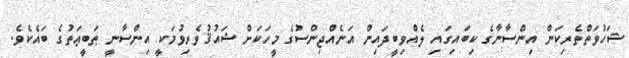
ޝަހުވަތްތެރިކަން އިންސާނާގެ ކިބައިގައި ލެއްވިބީދައިން އަނެއްޖިންސުގެ މީހަކަށް ޝައުޤުވެރިވުމަކީ އިންސާނީ ޠަބީޢަތުގެ ބައެކެވެ.